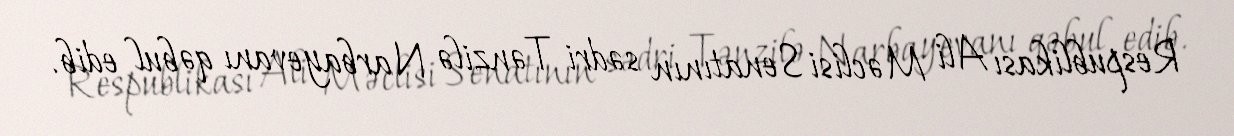
Respublikası Ali Məclisi Senatının sədri Tənzilə Narbayevanı qəbul edib.